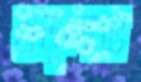
হালুন্দাতে